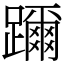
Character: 躎